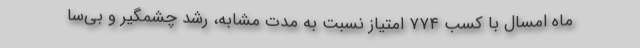
ماه امسال با کسب ۷۷۴ امتیاز نسبت به مدت مشابه، رشد چشمگیر و بی‌سا